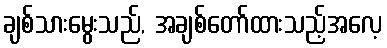
ချစ်သားမွေးသည်, အချစ်တော်ထားသည့်အလေ့